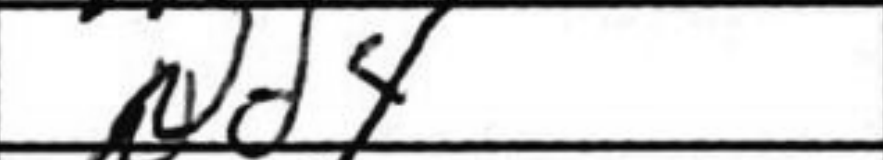
Transcription: Nd4